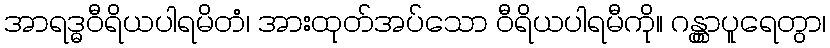
အာရဒ္ဓဝီရိယပါရမိတံ၊ အားထုတ်အပ်သော ဝီရိယပါရမီကို။ ဂန္တွာပူရေတွာ၊